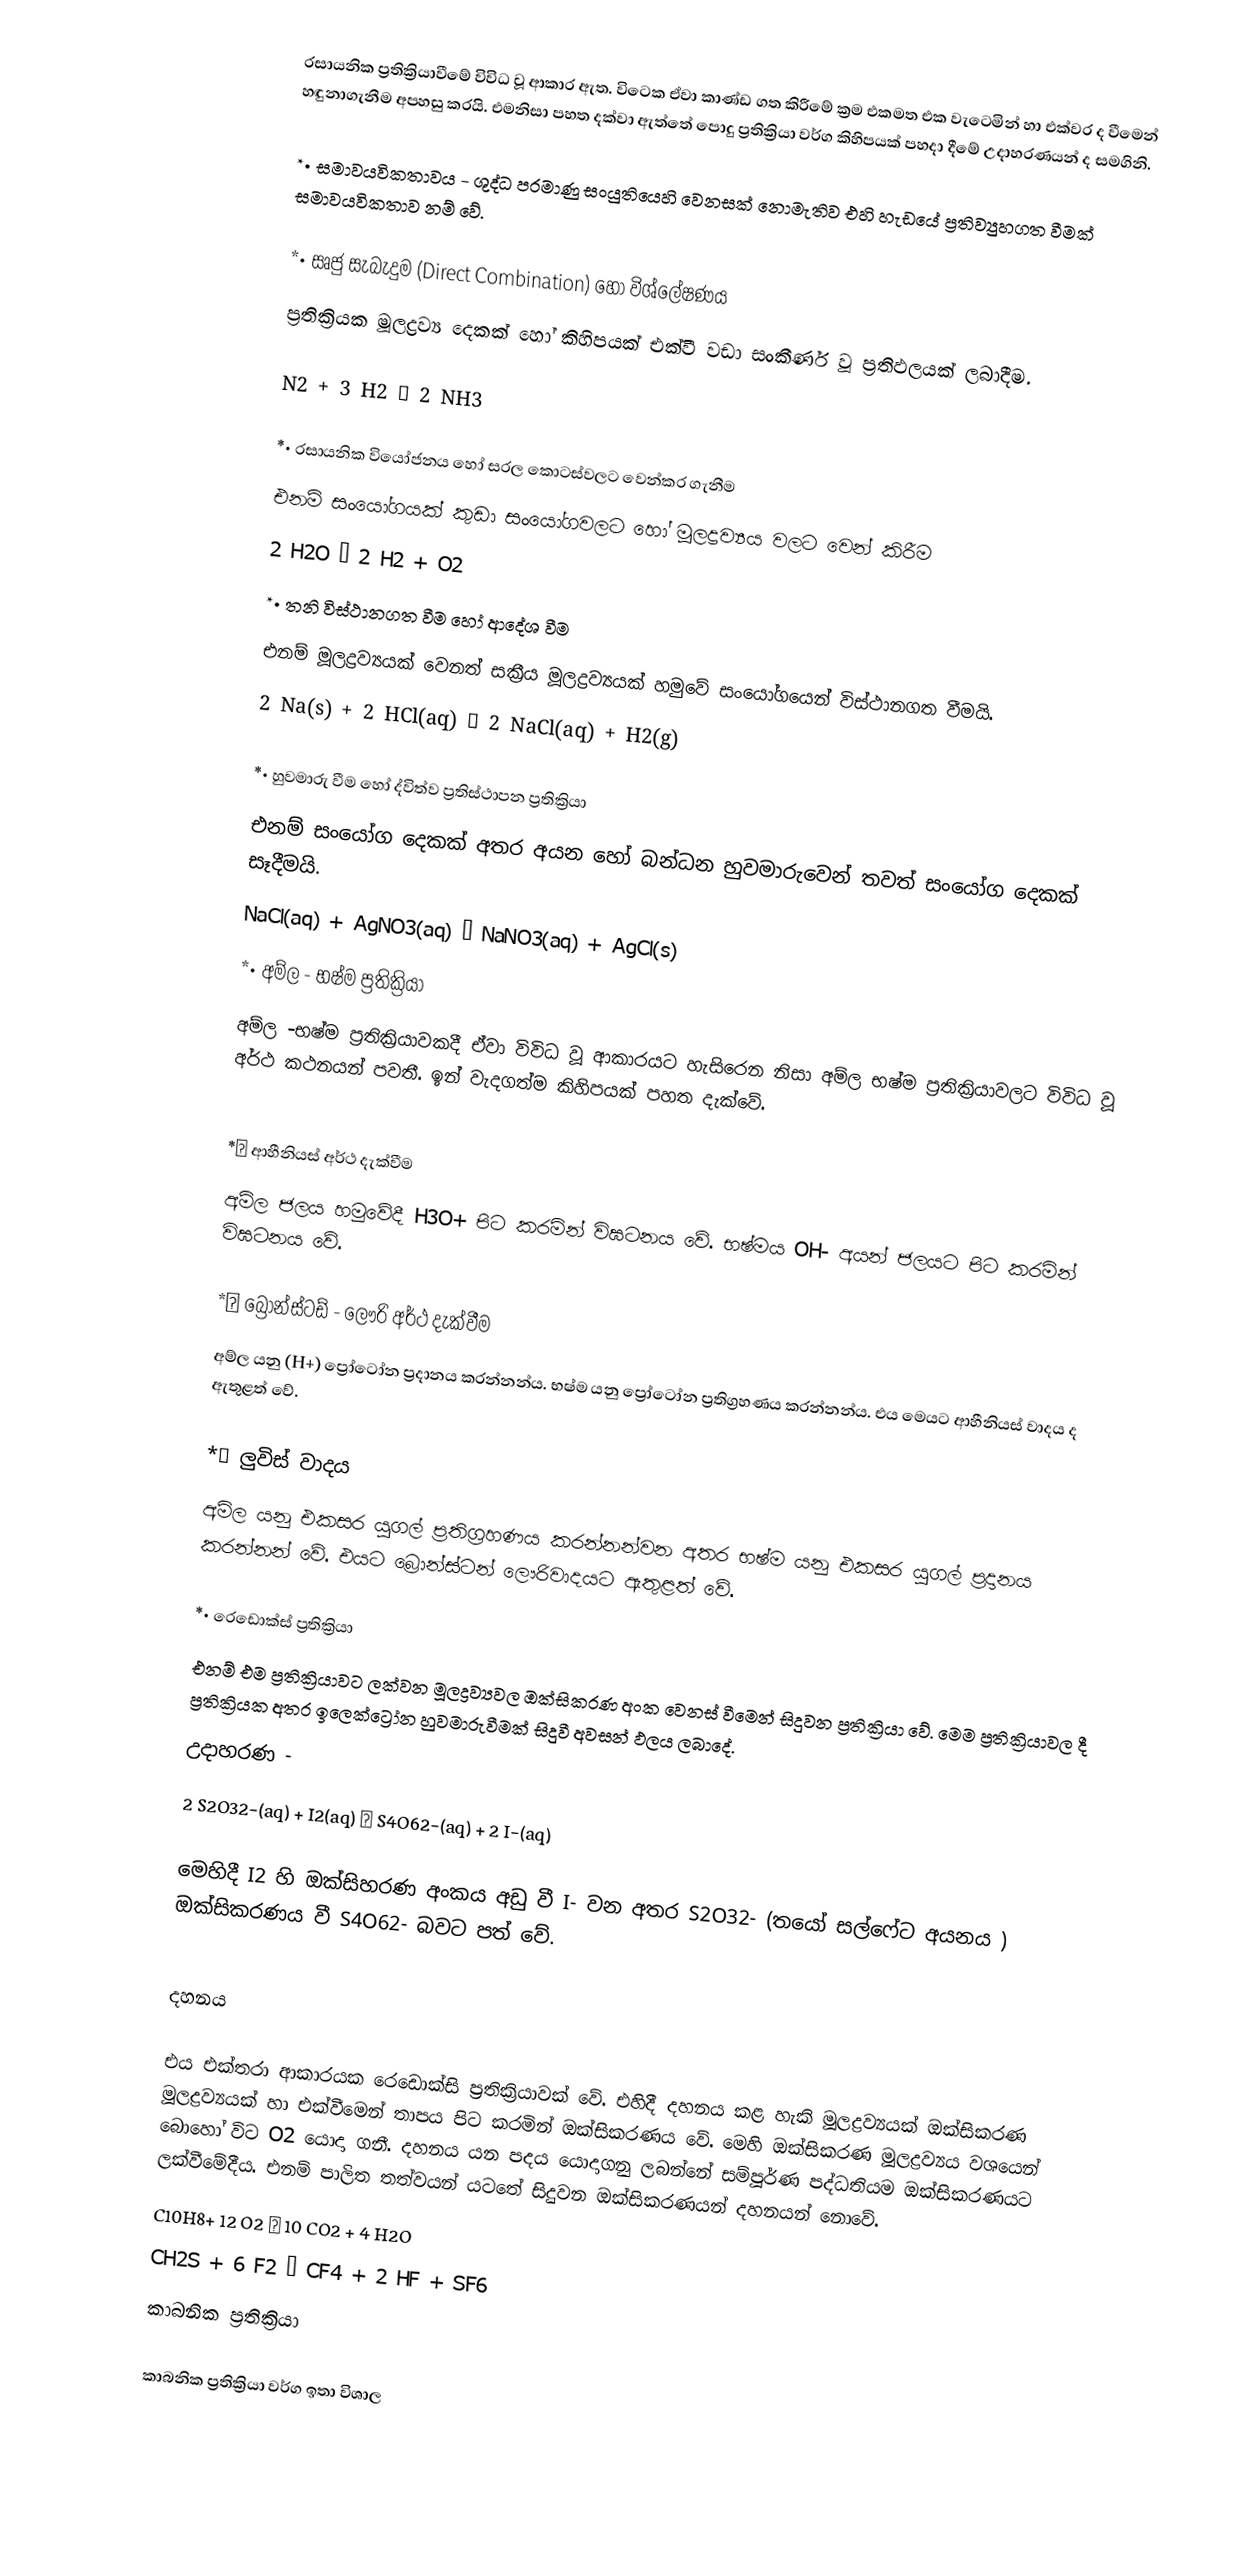
රසායනික ප්‍රතික්‍රියාවීමේ විවිධ වූ ආකාර ඇත. විටෙක ඒවා කාණ්ඩ ගත කිරීමේ ක්‍රම එකමත එක වැටෙමින් හා එක්වර ද වීමෙන් හඳුනාගැනීම අපහසු කරයි. එමනිසා පහත දක්වා ඇත්තේ පොදු ප්‍රතික්‍රියා වර්ග කිහිපයක් පහදා දීමේ උදාහරණයන් ද  සමගිනි.

 *•	සමාවයවිකතාවය	- ශුද්ධ පරමාණු සංයුතියෙහි වෙනසක් නොමැතිව  එහි හැඩයේ ප්‍රතිව්‍යුහගත වීමක් සමාවයවිකතාව නම් වේ.

 *•	සෘජු සැබැදුම (Direct Combination) හෝ විශ්ලේෂණය
ප්‍රතික්‍රියක මූලද්‍රව්‍ය දෙකක් හෝ කිහිපයක් එක්වී වඩා සංකීර්ණ වූ ප්‍රතිඵලයක් ලබාදීම.

N2 + 3 H2 → 2 NH3

 *•	රසායනික වියෝජනය හෝ සරල කොටස්වලට වෙන්කර ගැනීම
 එනම් සංයෝගයක් කුඩා සංයෝගවලට හෝ මූලද්‍රව්‍යය වලට වෙන් කිරීම
2 H2O → 2 H2 + O2
 *•	තනි විස්ථානගත වීම හෝ ආදේශ වීම
	එනම් මූලද්‍රව්‍යයක් වෙනත් සක්‍රීය මූලද්‍රව්‍යයක් හමුවේ සංයෝගයෙන් විස්ථානගත වීමයි.
	2 Na(s) + 2 HCl(aq) → 2 NaCl(aq) + H2(g)

 *•	හුවමාරු වීම හෝ ද්විත්ව  ප්‍රතිස්ථාපන ප්‍රතික්‍රියා
	එනම් සං‍යෝග දෙකක් අතර අයන හෝ බන්ධන හුවමාරුවෙන් තවත් සංයෝග දෙකක් සෑදීමයි.
NaCl(aq) + AgNO3(aq) → NaNO3(aq) + AgCl(s)
 *•	අම්ල   - භෂ්ම ප්‍රතික්‍රියා
	අම්ල -භෂ්ම ප්‍රතික්‍රියාවකදී ඒවා විවිධ වූ ආකාරයට හැසිරෙන ‍නිසා අම්ල භෂ්ම ප්‍රතික්‍රියාවලට විවිධ වූ අර්ථ කථනයන් පවතී. ඉන් වැදගත්ම කිහිපයක් පහත දැක්වේ.

 *	ආහීනියස් අර්ථ දැක්වීම
	අම්ල ‍ජලය හමුවේදී H3O+ පිට කරමින් විඝටනය වේ. භෂ්මය OH-  අයන් ජලයට පිට කරමින් විඝටනය වේ.

 *	බ්‍රොන්ස්ටඩ් - ලෞරි අර්ථ දැක්වීම
	අම්ල යනු (H+)  ප්‍රෝටෝන ප්‍රදානය කරන්නන්ය. භෂ්ම යනු ප්‍රෝටෝන ප්‍රතිග්‍රහණය කරන්නන්ය.  එය මෙයට ආහීනියස් වාදය ද ඇතුළත් වේ.

 *	ලුවිස් වාදය
	අම්ල යනු එකසර යුගල් ප්‍රතිග්‍රහණය කරන්නන්වන අතර භෂ්ම යනු එකසර යුගල් ප්‍රදානය කරන්නන් වේ. එයට බ්‍රොන්ස්ටන් ලෞරිවාදයට ඇතුළත් වේ.

 *•	රෙඩොක්ස් ප්‍රතික්‍රියා
	‍එනම් එම ප්‍රතික්‍රියාවට ලක්වන මූලද්‍රව්‍යවල ඔක්සිකරණ අංක වෙනස් වීමෙන් සිදුවන ප්‍රතික්‍රියා වේ. මෙම ප්‍රතික්‍රියාවල දී ප්‍රතික්‍රියක අතර ඉලෙක්ට්‍රෝන හුවමාරුවීමක් සිදුවී අවසන් ඵලය ලබාදේ.
	උදාහරණ	-
	2 S2O32−(aq) + I2(aq) → S4O62−(aq) + 2 I−(aq)

	මෙහිදී I2  හි ඔක්සිහරණ අංකය අඩු වී I-  වන අතර S2O32-  (තයෝ සල්ෆේට අයනය ) ඔක්සිකරණය වී S4O62-  බවට පත් වේ.

දහනය

එය එක්තරා ආකාරයක රෙඩොක්සි ප්‍රතික්‍රියාවක් වේ. එහිදී දහනය කළ හැකි මූලද්‍රව්‍යයක් ඔක්සිකරණ  මූලද්‍රව්‍යයක් හා එක්වීමෙන් තාපය පිට කරමින් ඔක්සිකරණය වේ. මෙහි ඔක්සිකරණ මූලද්‍රව්‍යය වශයෙන් බොහෝ විට O2 යොදා ගනී. දහනය යන පදය යොදාගනු ලබන්නේ සම්පූර්ණ පද්ධතියම ඔක්සිකරණයට ලක්වීමේදීය. එනම් පාලිත තත්වයන් යටතේ සිදුවන ඔක්සිකරණයන් දහනයන් නොවේ.
C10H8+ 12 O2 → 10 CO2 + 4 H2O
CH2S + 6 F2 → CF4 + 2 HF + SF6
කාබනික ප්‍රතික්‍රියා

කාබනික ප්‍රතික්‍රියා වර්ග ඉතා විශාල